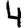
Digit: 4